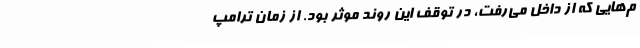
م‌هایی که از داخل می‌رفت، در توقف این روند موثر بود. از زمان ترامپ